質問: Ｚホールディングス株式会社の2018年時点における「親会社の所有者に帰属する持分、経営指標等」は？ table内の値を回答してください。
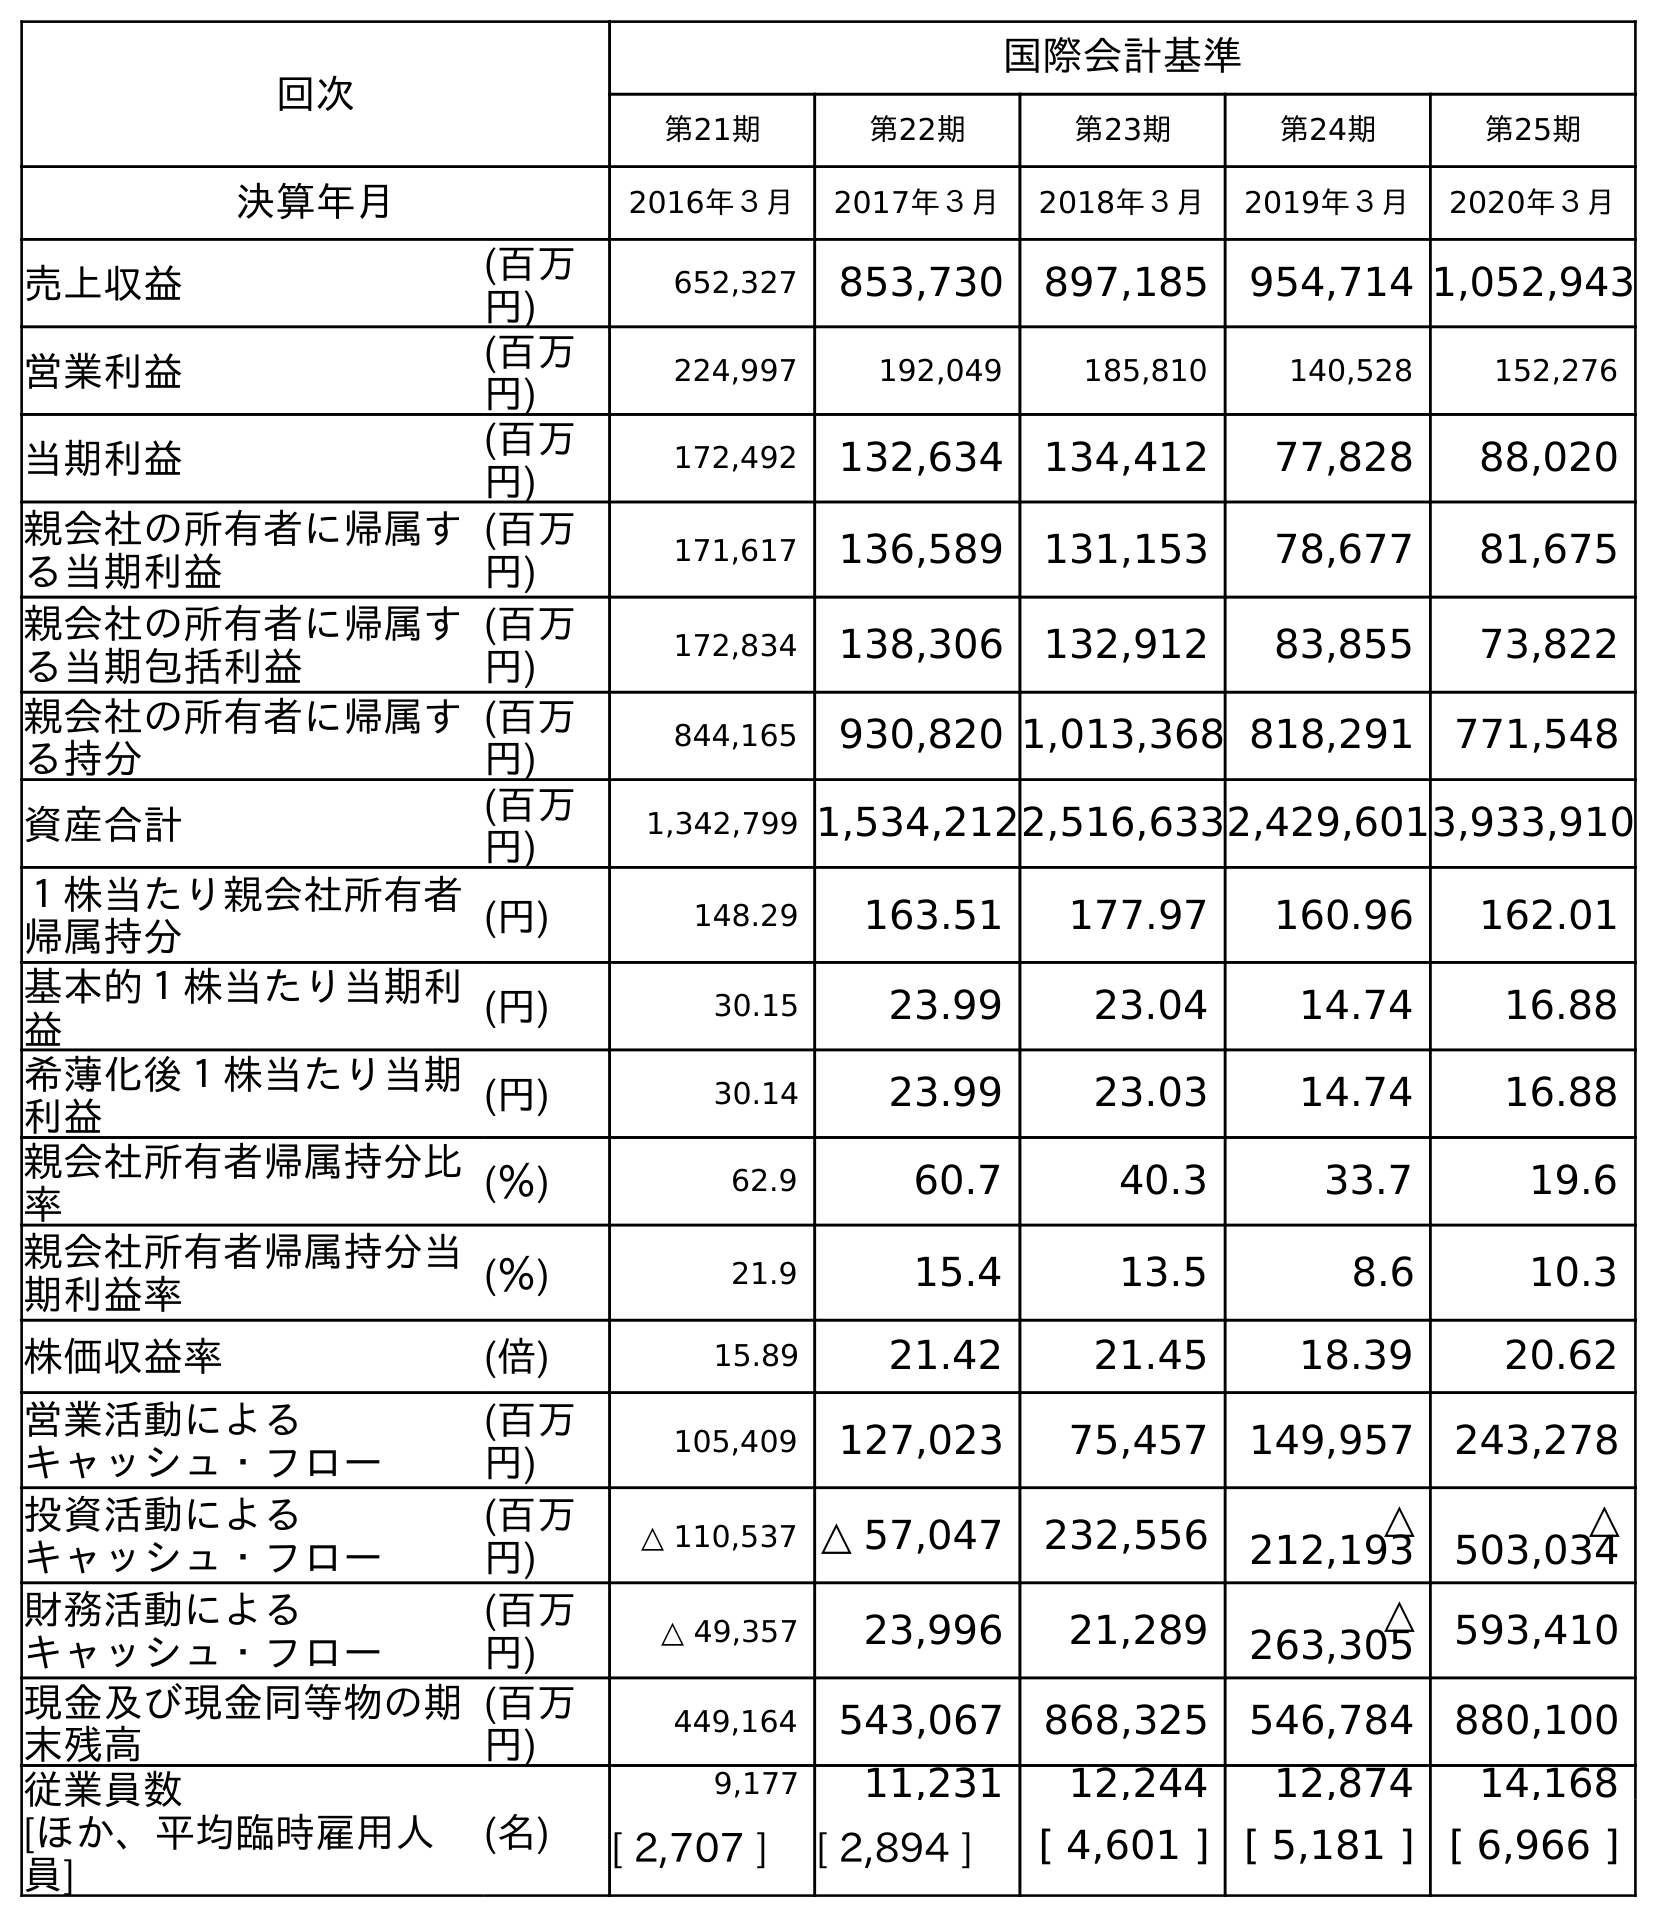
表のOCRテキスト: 回次 国際会計基準 第21期 第22期 第23期 第24期 第25期 決算年月 2016年３月 2017年３月 2018年３月 2019年３月 2020年３月 売上収益 (百万 円) 652,327 853,730 897,185 954,714 1,052,943 営業利益 (百万 円) 224,997 192,049 185,810 140,528 152,276 当期利益 (百万 円) 172,492 132,634 134,412 77,828 88,020 親会社の所有者に帰属す る当期利益 (百万 円) 171,617 136,589 131,153 78,677 81,675 親会社の所有者に帰属す る当期包括利益 (百万 円) 172,834 138,306 132,912 83,855 73,822 親会社の所有者に帰属す る持分 (百万 円) 844,165 930,820 1,013,368 818,291 771,548 資産合計 (百万 円) 1,342,799 1,534,2122,516,6332,429,6013,933,910 １株当たり親会社所有者 帰属持分 (円) 148.29 163.51 177.97 160.96 162.01 基本的１株当たり当期利 益 (円) 30.15 23.99 23.04 14.74 16.88 希薄化後１株当たり当期 利益 (円) 30.14 23.99 23.03 14.74 16.88 親会社所有者帰属持分比 率 (％) 62.9 60.7 40.3 33.7 19.6 親会社所有者帰属持分当 期利益率 (％) 21.9 15.4 13.5 8.6 10.3 株価収益率 (倍) 15.89 21.42 21.45 18.39 20.62 営業活動による キャッシュ・フロー (百万 円) 105,409 127,023 75,457 149,957 243,278 投資活動による キャッシュ・フロー (百万 円) △ 110,537 △ 57,047 232,556 △ 212,193 △ 503,034 財務活動による キャッシュ・フロー (百万 円) △ 49,357 23,996 21,289 △ 263,305 593,410 現金及び現金同等物の期 末残高 (百万 円) 449,164 543,067 868,325 546,784 880,100 従業員数 [ほか、平均臨時雇用人 員] (名) 9,177 11,231 12,244 12,874 14,168 [ 2,707 ] [ 2,894 ] [ 4,601 ] [ 5,181 ] [ 6,966 ]
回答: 1,013,368